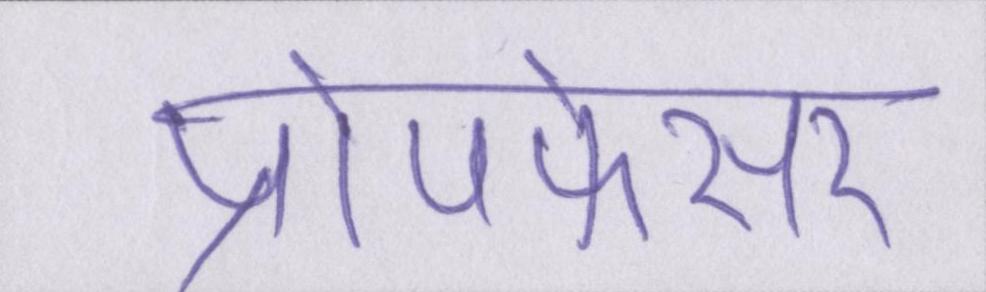
प्रोपफेसर